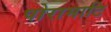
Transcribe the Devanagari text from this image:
पोरामाटि